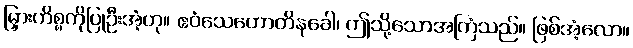
မြှားကိစ္စကိုပြုဦးအံ့ဟု။ ဧဝံသေဟောတိနုခေါ၊ ဤသို့သောအကြံသည်။ ဖြစ်အံ့လော။